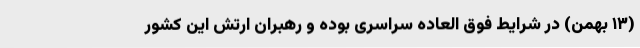
(۱۳ بهمن) در شرایط فوق العاده سراسری بوده و رهبران ارتش این کشور